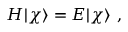
H | \chi \rangle = E | \chi \rangle \ ,